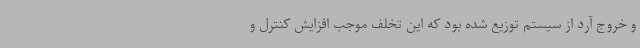
و خروج آرد از سیستم توزیع شده بود که این تخلف موجب افزایش کنترل و